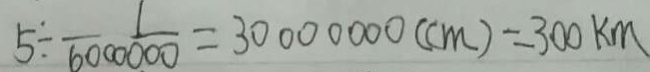
5 \div \frac { 1 } { 6 0 0 0 0 0 0 } = 3 0 0 0 0 0 0 0 ( c m ) = 3 0 0 k m